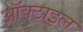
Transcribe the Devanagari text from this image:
ऑक्टाइल